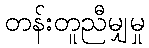
တန်းတူညီမျှမှု